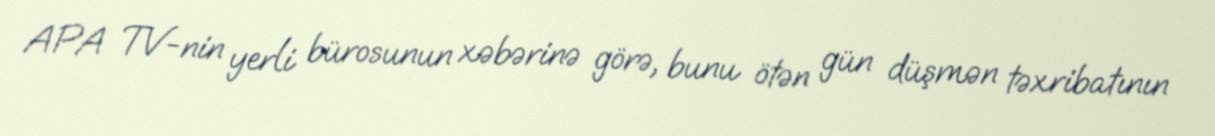
APA TV-nin yerli bürosunun xəbərinə görə, bunu ötən gün düşmən təxribatının